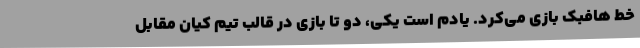
خط هافبک بازی می‌کرد. یادم است یکی، دو تا بازی در قالب تیم کیان مقابل